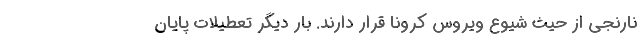
نارنجی از حیث شیوع ویروس کرونا قرار دارند. بار دیگر تعطیلات پایان